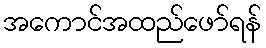
အကောင်အထည်ဖော်ရန်